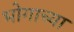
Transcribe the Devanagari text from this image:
भोगाच्या